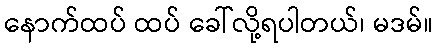
နောက်ထပ် ထပ် ခေါ်လို့ရပါတယ်၊ မဒမ်။